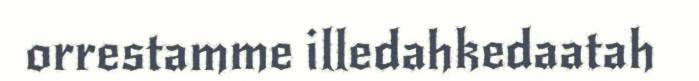
orrestamme illedahkedaatah